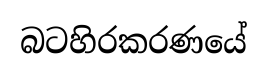
බටහිරකරණයේ